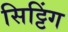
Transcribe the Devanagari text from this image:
सिट्टिंग